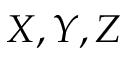
X , Y , Z